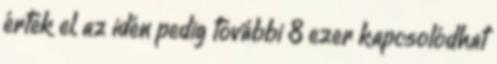
értek el, az idén pedig további 8 ezer kapcsolódhat